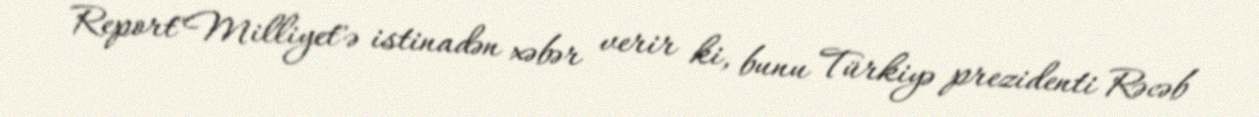
Report"Milliyet"ə istinadən xəbər verir ki, bunu Türkiyə prezidenti Rəcəb